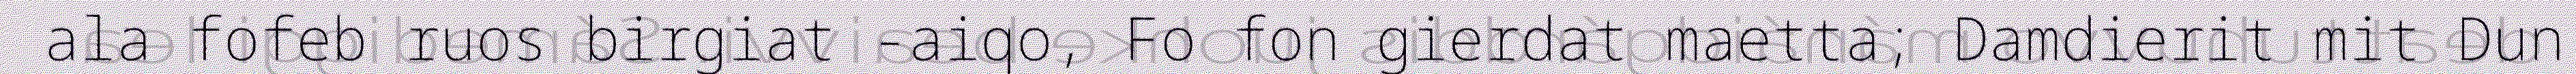
ala fofeb ruos birgiat -aiqo, Fo fon gierdat maetta; Damdierit mit Dun